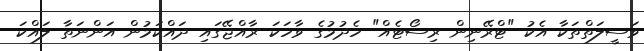
ވަސީލަތްތަކާ އެކު "ޓްރޭނިން ރިސޯޓެއް" ހެދުމުގެ ވާހަކަ ރާއްޖޭގައި ދައްކަމުން އަންނަތާ ލައްކަ